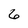
Character: 6